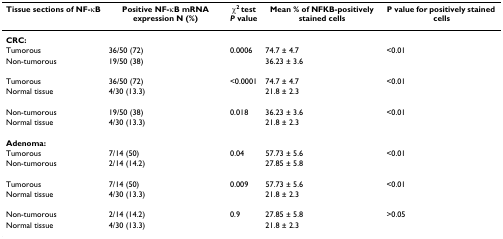
<table><thead><tr><td><b>Tissue sections of NF-κB</b></td><td><b>Positive NF-κB mRNA expression N (%)</b></td><td><b>χ<sup>2 </sup>test<i>P </i>value</b></td><td><b>Mean % of NFKB-positively stained cells</b></td><td><b>P value for positively stained cells</b></td></tr></thead><tbody><tr><td><b>CRC:</b></td><td></td><td></td><td></td><td></td></tr><tr><td>Tumorous</td><td>36/50 (72)</td><td>0.0006</td><td>74.7 ± 4.7</td><td>&lt;0.01</td></tr><tr><td>Non-tumorous</td><td>19/50 (38)</td><td></td><td>36.23 ± 3.6</td><td></td></tr><tr><td>Tumorous</td><td>36/50 (72)</td><td>&lt;0.0001</td><td>74.7 ± 4.7</td><td>&lt;0.01</td></tr><tr><td>Normal tissue</td><td>4/30 (13.3)</td><td></td><td>21.8 ± 2.3</td><td></td></tr><tr><td>Non-tumorous</td><td>19/50 (38)</td><td>0.018</td><td>36.23 ± 3.6</td><td>&lt;0.01</td></tr><tr><td>Normal tissue</td><td>4/30 (13.3)</td><td></td><td>21.8 ± 2.3</td><td></td></tr><tr><td><b>Adenoma:</b></td><td></td><td></td><td></td><td></td></tr><tr><td>Tumorous</td><td>7/14 (50)</td><td>0.04</td><td>57.73 ± 5.6</td><td>&lt;0.01</td></tr><tr><td>Non-tumorous</td><td>2/14 (14.2)</td><td></td><td>27.85 ± 5.8</td><td></td></tr><tr><td>Tumorous</td><td>7/14 (50)</td><td>0.009</td><td>57.73 ± 5.6</td><td>&lt;0.01</td></tr><tr><td>Normal tissue</td><td>4/30 (13.3)</td><td></td><td>21.8 ± 2.3</td><td></td></tr><tr><td>Non-tumorous</td><td>2/14 (14.2)</td><td>0.9</td><td>27.85 ± 5.8</td><td>&gt;0.05</td></tr><tr><td>Normal tissue</td><td>4/30 (13.3)</td><td></td><td>21.8 ± 2.3</td><td></td></tr></tbody></table>